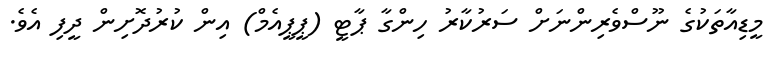
މީޑިއާތަކުގެ ނޫސްވެރިންނަށް ސަރުކާރު ހިންގާ ޕާޓީ (ޕީޕީއެމް) އިން ކުރުދޮށިން ދީފި އެވެ.